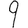
Digit: 9